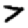
Digit: 7